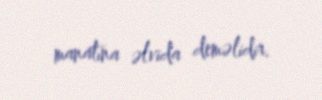
manatına əlvida deməlidir.